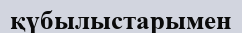
қүбылыстарымен